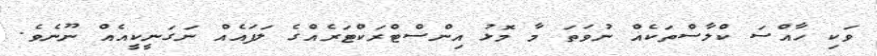
ވަކި ހާއްސަ ކްލާސްތަކެއް ނުވަތަ މާ މޮޅު އިންސްޓްރަކްޓަރެއްގެ ލަފައެއް ނަގަނީކީއެއް ނޫނެވެ.